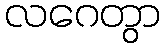
လဂေတွာ